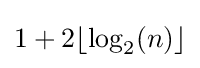
1+2\lfloor \log _{2}(n)\rfloor